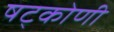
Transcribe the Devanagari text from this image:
षट्कोणी